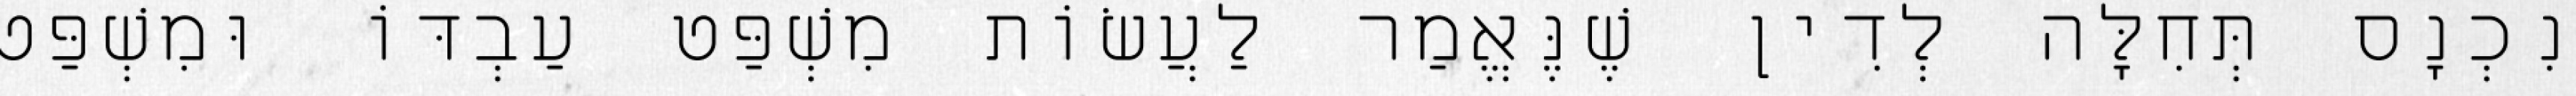
נִכְנָס תְּחִלָּה לְדִין שֶׁנֶּאֱמַר לַעֲשׂוֹת מִשְׁפַּט עַבְדּוֹ וּמִשְׁפַּט